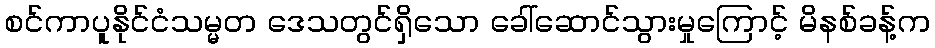
စင်ကာပူနိုင်ငံသမ္မတ ဒေသတွင်ရှိသော ခေါ်ဆောင်သွားမှုကြောင့် မိနစ်ခန့်က